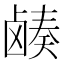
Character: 𬸷